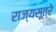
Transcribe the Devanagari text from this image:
राज्यसूत्रे